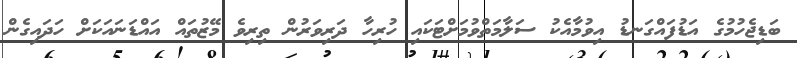
ބަޑިޖެހުމުގެ އަޑުފައްގަނޑު އިވުމާއެކު ސަލާމަތްވުމަށްޓަކައި ހުރިހާ ދަރިވަރުން ތިރިވެ މޭޒުތައް އައްޑަނައަކަށް ހަދައިގެން